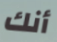
أنك